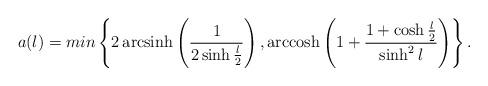
LaTeX: \begin{align*}a(l)= min \left\{2\operatorname{arcsinh}\left(\frac{1}{2\sinh\frac{l}{2}}\right), \operatorname{arccosh}\left(1+\frac{1+\cosh\frac{l}{2}}{\sinh^2l}\right)\right\}.\end{align*}